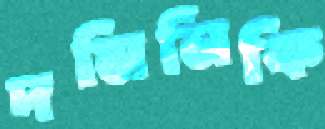
দমিনিকি